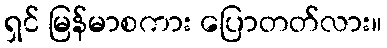
ရှင် မြန်မာစကား ပြောတတ်လား။